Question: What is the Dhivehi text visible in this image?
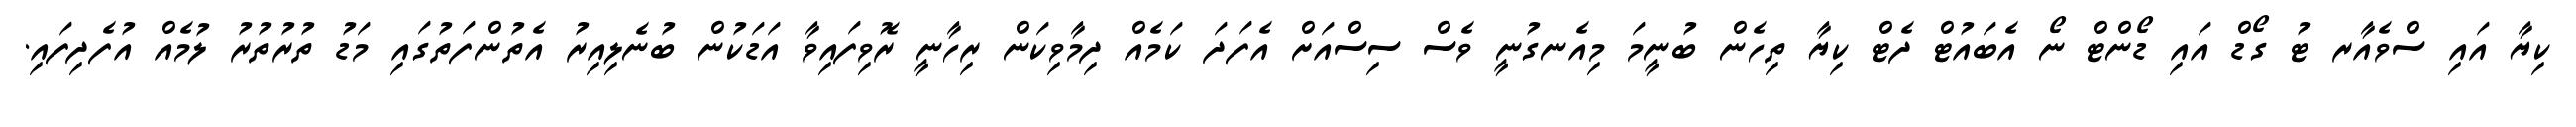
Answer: ކިޔާ އައި ސްވެއާރ ޓު ގޯޑް އައި ޑޯންޓް ނޯ އެބައުޓް ދެޓް ކިޔާ ތިހެން ބުނީމަ މިއެނގުނީ ވެސް ސިސްއަށް އެފަދަ ކަމެއް ދިމާވިކަން ރިހާނީ ރޮވިފައިވާ އަޑަކުން ބުނެލިއިރު އެތުންފަތުގައި މަޑު ތުރުތުރު ލުމެއް އުފެދިފައި.